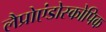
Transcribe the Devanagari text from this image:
लैप्रोएंडोस्कोपिक